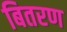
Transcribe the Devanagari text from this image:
बितरण